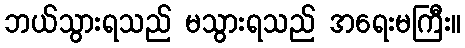
ဘယ်သွားရသည် မသွားရသည် အရေးမကြီး။